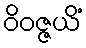
ဝိဝဇ္ဇယိံ